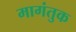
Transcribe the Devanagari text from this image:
मागंतुक